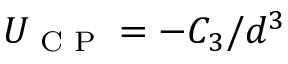
U _ { \textrm { C P } } = - C _ { 3 } / d ^ { 3 }